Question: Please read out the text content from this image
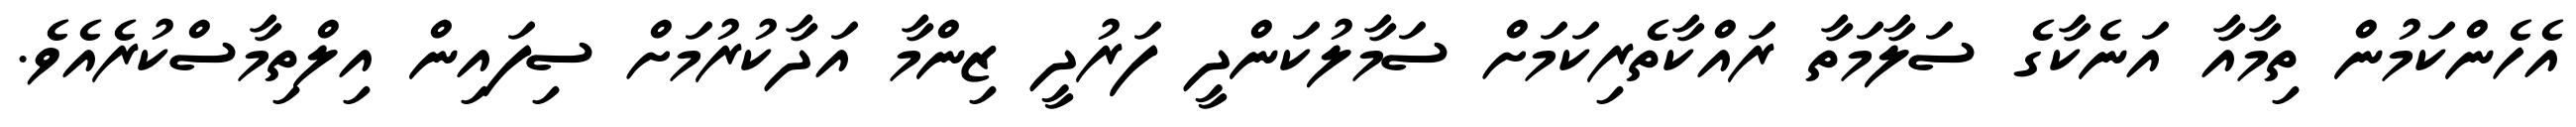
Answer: އެހެންކަމުން ތިމާއާ އަނެކާގެ ސަލާމަތާ ރައްކާތެރިކަމަށް ސަމާލުކަންދީ ފަރުދީ ޒިންމާ އަދާކުރުމަށް ސިފައިން އިލްތިމާސްކުރެއެވެ.